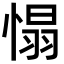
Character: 𢞠